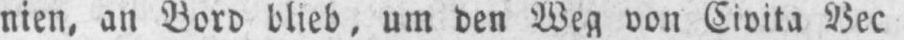
nien, an Bord blieb, um den Weg von Civita Vec